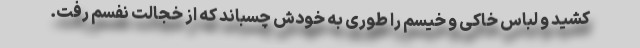
کشید و لباس خاکی و خیسم را طوری به خودش چسباند که از خجالت نفسم رفت.